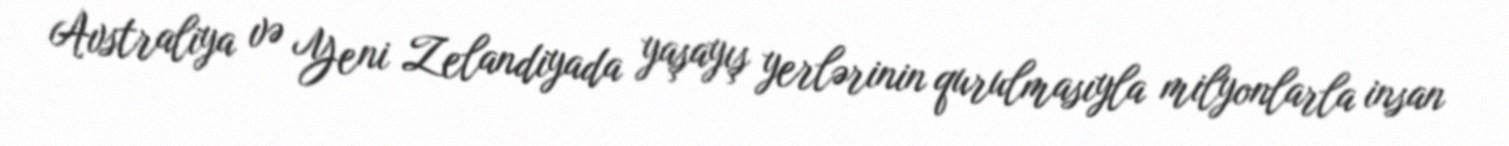
Avstraliya və Yeni Zelandiyada yaşayış yerlərinin qurulmasıyla milyonlarla insan